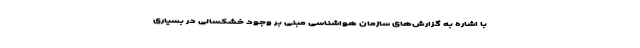
با اشاره به گزارش‌های سازمان هواشناسی مبنی بر وجود خشکسالی در بسیاری